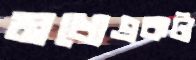
মধ্যেএকটা